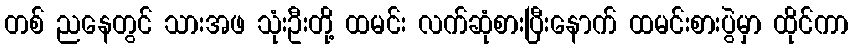
တစ် ညနေတွင် သားအဖ သုံးဦးတို့ ထမင်း လက်ဆုံစားပြီးနောက် ထမင်းစားပွဲမှာ ထိုင်ကာ